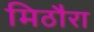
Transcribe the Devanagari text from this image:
मिठौरा